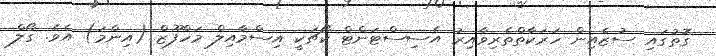
ގޮތުގައި ސުޒެއިން ހަރަކާތްތެރިވާއިރު އެސިސްޓަންޓް ކޯޗަކީ އިސްމާއިލް މަހްފޫޒް (އިންމަ) އެވެ. ގޯލް